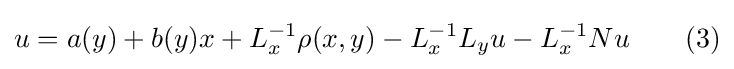
u=a(y)+b(y)x+L_{x}^{-1}\rho (x,y)-L_{x}^{-1}L_{y}u-L_{x}^{-1}Nu\qquad (3)